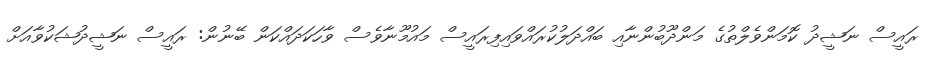
ރައީސް ނަޝީދު ކޮމަންވެލްތުގެ މަންދޫބުންނާއި ބައްދަލުކުރައްވައިފިރައީސް މައުމޫނާވެސް ވާހަކަދައްކަން ބޭނުން: ރައީސް ނަޝީދުޝަކުވާއަށް